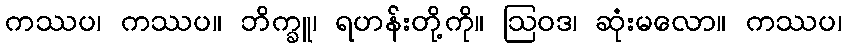
ကဿပ၊ ကဿပ။ ဘိက္ခူ၊ ရဟန်းတို့ကို။ ဩဝဒ၊ ဆုံးမလော။ ကဿပ၊